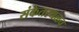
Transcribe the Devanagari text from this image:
संकेतस्थळच